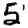
Digit: 5